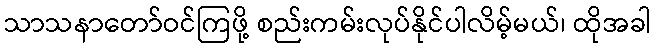
သာသနာတော်ဝင်ကြဖို့ စည်းကမ်းလုပ်နိုင်ပါလိမ့်မယ်၊ ထိုအခါ